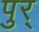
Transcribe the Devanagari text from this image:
पुर्